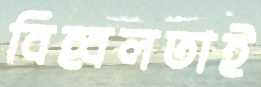
বিহ্বলতাই